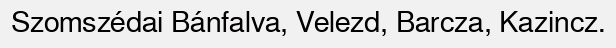
Szomszédai Bánfalva, Velezd, Barcza, Kazincz.